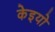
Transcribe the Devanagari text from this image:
केइयो